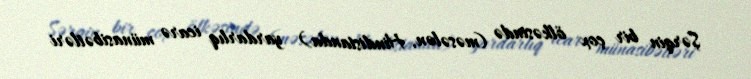
Şərqin bir çox ölkəsində (məsələn, Hindistanda) yardarlıq icarə münasibətləri